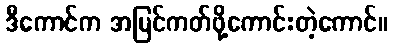
ဒီကောင်က အမြင်ကတ်ဖို့ကောင်းတဲ့ကောင်။